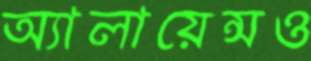
অ্যালায়েন্সও